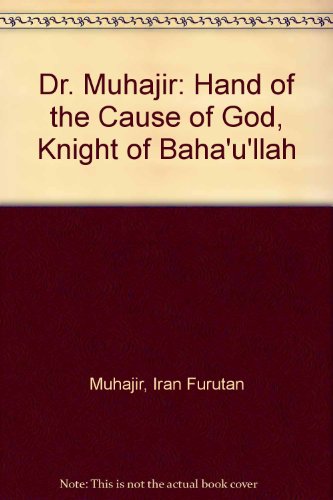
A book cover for Dr. MuhÃ¡jir, Hand of the Cause of God, Knight of BahÃ¡'u'llÃ¡h; Iran Furutan Muhajir; Religion & Spirituality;